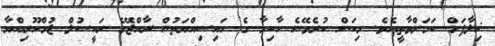
ޚިލާފަށް ކަމަށްވާތީއެވެ. މިކަން ކުރެވޭނެ ހާކިމާ ގެ ހައިސިއްޔަތުން ރާއްޖޭގެ ރައީސުލް ޖުމްހޫރިއްޔާ